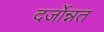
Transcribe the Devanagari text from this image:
दर्जोन्नत